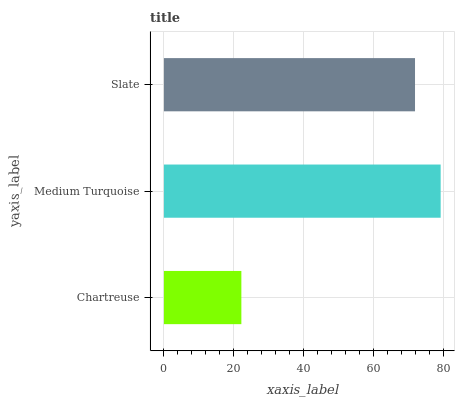
| yaxis_label | bars |
 | --- | --- |
 | Chartreuse | 22.1 |
 | Medium Turquoise | 79.1 |
 | Slate | 71.8 |